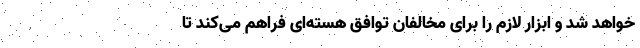
خواهد شد و ابزار لازم را برای مخالفان توافق هسته‌ای فراهم می‌کند تا